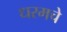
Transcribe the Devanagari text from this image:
धरमचे